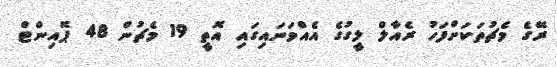
ރޭގެ މެޗުތަކަށްފަހު ރެއާލް ލީގުގެ އެއްވަނައިގައި އޮތީ 19 މެޗުން 48 ޕޮއިންޓް